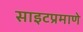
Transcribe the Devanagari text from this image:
साइटप्रमाणे